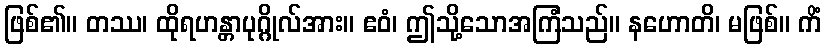
ဖြစ်၏။ တဿ၊ ထိုရဟန္တာပုဂ္ဂိုလ်အား။ ဧဝံ၊ ဤသို့သောအကြံသည်။ နဟောတိ၊ မဖြစ်။ ကိံ